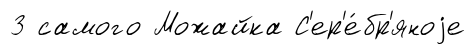
3 самого Можайка С'ер'е́бр'яноjе